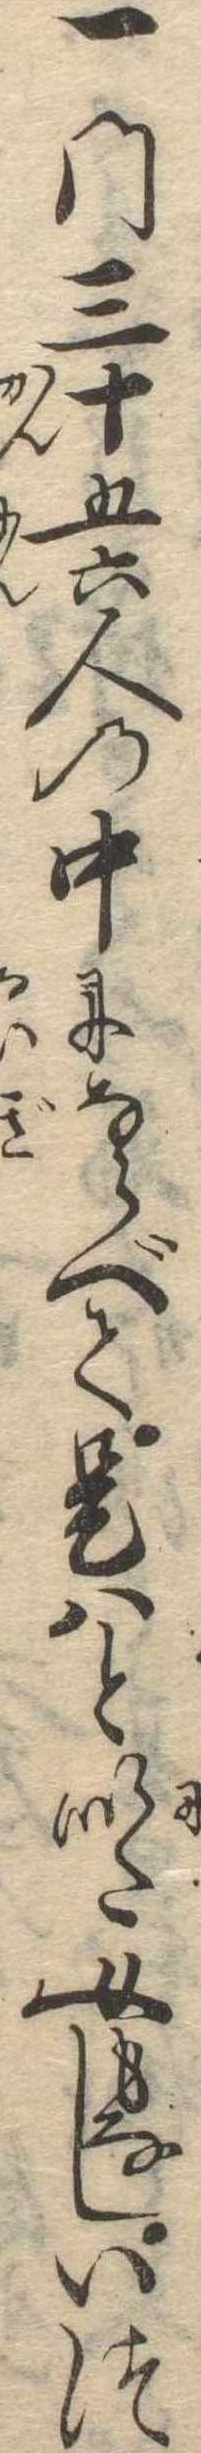
一門三十五六人の中にならべて是はと似た女もなしいつ